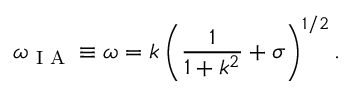
\omega _ { \textrm { I A } } \equiv \omega = k \left( \frac { 1 } { 1 + k ^ { 2 } } + \sigma \right) ^ { 1 / 2 } .